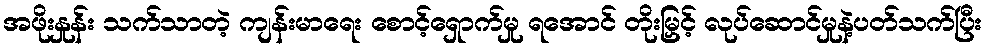
အဖိုးနှုန်း သက်သာတဲ့ ကျန်းမာရေး စောင့်ရှောက်မှု ရအောင် တိုးမြှင့် လုပ်ဆောင်မှုနဲ့ပတ်သက်ပြီး